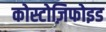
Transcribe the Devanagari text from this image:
कोस्टोज़िफोइड